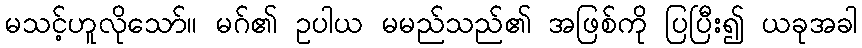
မသင့်ဟူလိုသော်။ မဂ်၏ ဥပါယ မမည်သည်၏ အဖြစ်ကို ပြပြီး၍ ယခုအခါ